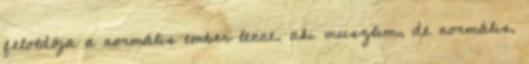
feloldója a normális ember lenne. aki muszlim, de normális.